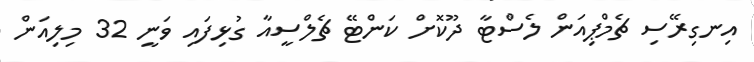
އިނގިރޭސި ޗެމްޕިއަން ލެސްޓާ ދޫކޮށް ކަންޓޭ ޗެލްސީއާ ގުޅިފައި ވަނީ 32 މިލިއަން